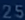
25